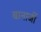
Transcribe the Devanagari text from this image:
बानार्जी